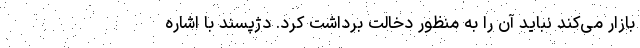
بازار می‌کند نباید آن را به منظور دخالت برداشت کرد. دژپسند با اشاره